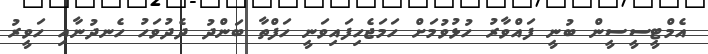
އެމްޓީސީސީން ބުނީ ފައްވާރު ހުޅުވުމަށް ހަމަޖެހިފައިވަނީ ހަފްތާ ބަންދު ދެދުވަހު ހެނދުނާއި ހަވީރު